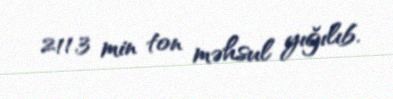
211,3 min ton məhsul yığılıb.